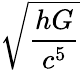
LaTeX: \sqrt{\frac{hG}{c^{5}}}